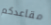
مقاعدكم